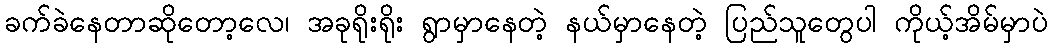
ခက်ခဲနေတာဆိုတော့လေ၊ အခုရိုးရိုး ရွာမှာနေတဲ့ နယ်မှာနေတဲ့ ပြည်သူတွေပါ ကိုယ့်အိမ်မှာပဲ